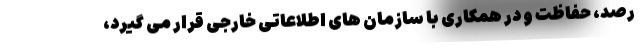
رصد، حفاظت و در همکاری با سازمان های اطلاعاتی خارجی قرار می گیرد،